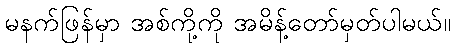
မနက်ဖြန်မှာ အစ်ကို့ကို အမိန့်တော်မှတ်ပါမယ်။